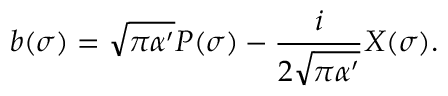
b ( \sigma ) = \sqrt { \pi \alpha ^ { \prime } } P ( \sigma ) - \frac { i } { 2 \sqrt { \pi \alpha ^ { \prime } } } X ( \sigma ) .